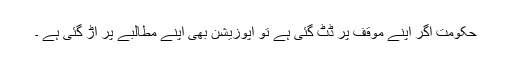
حکومت اگر اپنے موقف پر ڈٹ گئی ہے تو اپوزیشن بھی اپنے مطالبے پر اڑ گئی ہے ۔